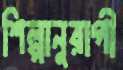
শিল্পানুরাগী